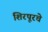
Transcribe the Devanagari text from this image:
शिरपूरचे